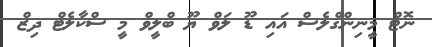
ނޮޓް މީނިންގްލެސް އައި ޑޫ ލަވް ޔޫ ބްލީވް މީ ސްކާލެޓް ދިޒް